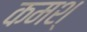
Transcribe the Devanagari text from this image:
कमश्